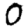
Digit: 0